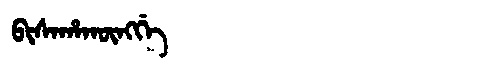
Manchu: ᠪᡳᠰᠠᡥᠠᡴᡡᠩᡤᡝ
Romanization: BISAHAKŪNGGE